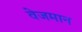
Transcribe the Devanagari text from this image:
वेजमान